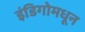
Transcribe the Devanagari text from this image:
इंडिगोमधून